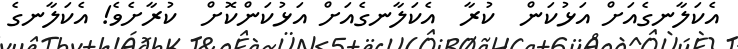
އެކަލާނގެއަށް އަޅުކަން  ކުރާ  އެކަލާނގެއަށް އަޅުކަންކޮށް  ކުރާށެވެ! އެކަލާނގެ